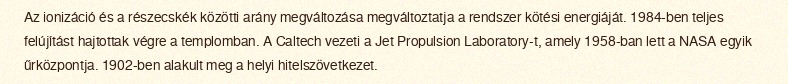
Az ionizáció és a részecskék közötti arány megváltozása megváltoztatja a rendszer kötési energiáját. 1984-ben teljes felújítást hajtottak végre a templomban. A Caltech vezeti a Jet Propulsion Laboratory-t, amely 1958-ban lett a NASA egyik űrközpontja. 1902-ben alakult meg a helyi hitelszövetkezet.